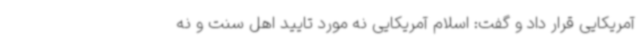
آمریکایی قرار داد و گفت: اسلام آمریکایی نه مورد تایید اهل سنت و نه